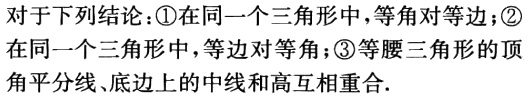
对于下列结论：\textcircled{1}在同一个三角形中，等角对等边；\textcircled{2}在同一个三角形中，等边对等角；\textcircled{3}等腰三角形的顶角平分线、底边上的中线和高互相重合.